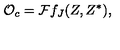
{ \cal O } _ { c } = { \cal F } f _ { J } ( Z , Z ^ { \ast } ) ,